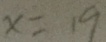
x = 1 9